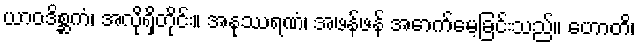
ယာဝဒိစ္ဆကံ၊ အလိုရှိတိုင်း။ အနုဿရဏံ၊ အဖန်ဖန် အောက်မေ့ခြင်းသည်။ ဟောတိ၊